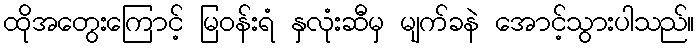
ထိုအတွေးကြောင့် မြဝန်းရံ နှလုံးဆီမှ မျက်ခနဲ အောင့်သွားပါသည်။